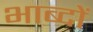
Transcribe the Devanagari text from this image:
भाब्दों